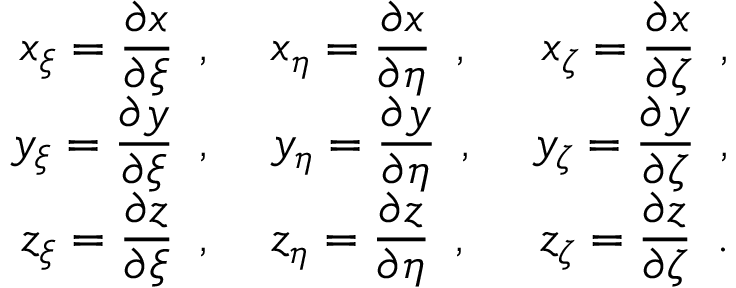
\begin{array} { r l r } { \displaystyle { x _ { \xi } = \frac { \partial x } { \partial \xi } \, \mathrm { ~ , ~ } } } & { { } \displaystyle { x _ { \eta } = \frac { \partial x } { \partial \eta } \, \mathrm { ~ , ~ } } } & { \displaystyle { x _ { \zeta } = \frac { \partial x } { \partial \zeta } \, \mathrm { ~ , ~ } } } \\ { \displaystyle { y _ { \xi } = \frac { \partial y } { \partial \xi } \, \mathrm { ~ , ~ } } } & { { } \displaystyle { y _ { \eta } = \frac { \partial y } { \partial \eta } \, \mathrm { ~ , ~ } } } & { \displaystyle { y _ { \zeta } = \frac { \partial y } { \partial \zeta } \, \mathrm { ~ , ~ } } } \\ { \displaystyle { z _ { \xi } = \frac { \partial z } { \partial \xi } \, \mathrm { ~ , ~ } } } & { { } \displaystyle { z _ { \eta } = \frac { \partial z } { \partial \eta } \, \mathrm { ~ , ~ } } } & { \displaystyle { z _ { \zeta } = \frac { \partial z } { \partial \zeta } \, \mathrm { ~ . ~ } } } \end{array}